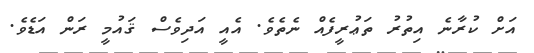
އަށް ކުރާނެ އިތުރު ތަޢުރީފެއް ނެތެވެ. އެއީ އަދިވެސް ޤައުމީ ރަން އަޑެވެ.